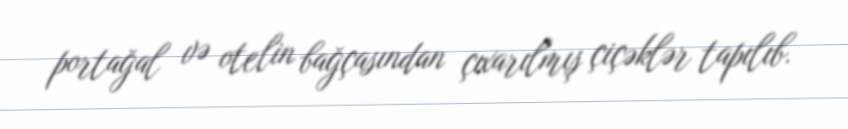
portağal və otelin bağçasından çıxarılmış çiçəklər tapılıb.